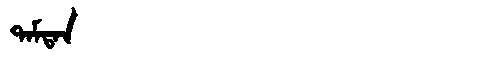
Manchu: ᡨᠠᠮᡨᠠᠨ
Romanization: TAMTAN